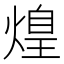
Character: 𤌼